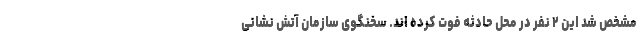
مشخص شد این ۲ نفر در محل حادثه فوت کرده اند. سخنگوی سازمان آتش نشانی